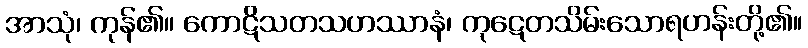
အာသုံ၊ ကုန်၏။ ကောဋိသတသဟဿာနံ၊ ကုဋေတသိမ်းသောရဟန်းတို့၏။